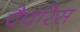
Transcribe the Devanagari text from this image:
पैपरिस